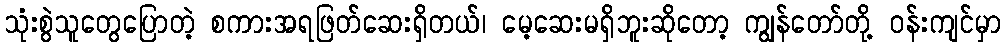
သုံးစွဲသူတွေပြောတဲ့ စကားအရဖြတ်ဆေးရှိတယ်၊ မေ့ဆေးမရှိဘူးဆိုတော့ ကျွန်တော်တို့ ဝန်းကျင်မှာ